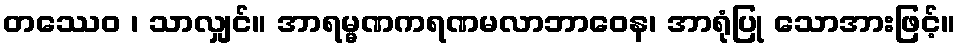
တဿေဝ ၊ သာလျှင်။ အာရမ္မဏကရဏမလာဘာဝေန၊ အာရုံပြု သောအားဖြင့်။